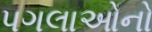
પગલાઓનો